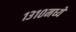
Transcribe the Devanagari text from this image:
१३१०मध्ये